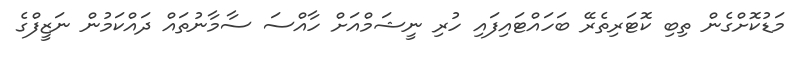
މަޑުކޮށްގެން ތިބި ކޮޓަރިތެރޭ ބަހައްޓައިފައި ހުރި ނީޝަމްއަށް ހާއްސަ ސާމާނުތައް ދައްކަމުން ނަޒީފްގެ